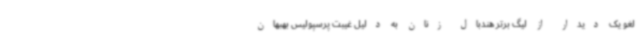
لغو یک دیدار از لیگ برتر هندبال زنان به دلیل غیبت پرسپولیس بهبهان